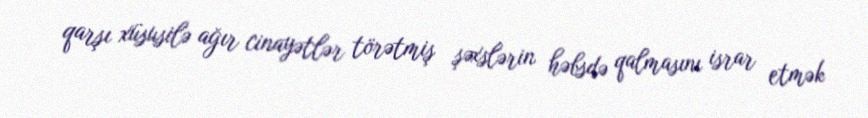
qarşı xüsusilə ağır cinayətlər törətmiş şəxslərin həbsdə qalmasını israr etmək